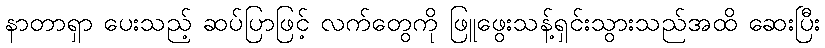
နာတာရှာ ပေးသည့် ဆပ်ပြာဖြင့် လက်တွေကို ဖြူဖွေးသန့်ရှင်းသွားသည်အထိ ဆေးပြီး